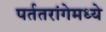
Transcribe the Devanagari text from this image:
पर्ततरांगेमध्ये